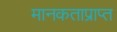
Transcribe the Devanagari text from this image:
मानकताप्राप्त